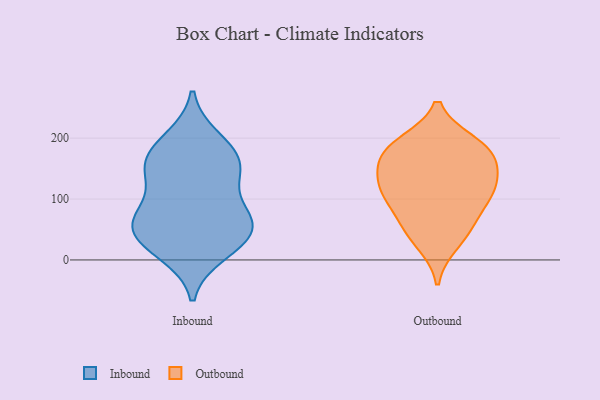
{"axis": {"x": "LTV (USD)", "y": "Value"}, "legend": ["Inbound", "Outbound"], "data": [{"x": "", "y": 77, "type": "Inbound"}, {"x": "", "y": 154, "type": "Inbound"}, {"x": "", "y": 138, "type": "Inbound"}, {"x": "", "y": 62, "type": "Inbound"}, {"x": "", "y": 77, "type": "Inbound"}, {"x": "", "y": 198, "type": "Inbound"}, {"x": "", "y": 51, "type": "Inbound"}, {"x": "", "y": 147, "type": "Inbound"}, {"x": "", "y": 61, "type": "Inbound"}, {"x": "", "y": 27, "type": "Inbound"}, {"x": "", "y": 160, "type": "Inbound"}, {"x": "", "y": 185, "type": "Inbound"}, {"x": "", "y": 31, "type": "Inbound"}, {"x": "", "y": 12, "type": "Inbound"}, {"x": "", "y": 160, "type": "Outbound"}, {"x": "", "y": 118, "type": "Outbound"}, {"x": "", "y": 184, "type": "Outbound"}, {"x": "", "y": 28, "type": "Outbound"}, {"x": "", "y": 138, "type": "Outbound"}, {"x": "", "y": 99, "type": "Outbound"}, {"x": "", "y": 109, "type": "Outbound"}, {"x": "", "y": 58, "type": "Outbound"}, {"x": "", "y": 191, "type": "Outbound"}, {"x": "", "y": 167, "type": "Outbound"}, {"x": "", "y": 54, "type": "Outbound"}, {"x": "", "y": 115, "type": "Outbound"}, {"x": "", "y": 186, "type": "Outbound"}]}